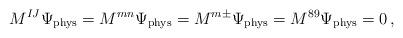
LaTeX: \begin{align*}M^{IJ}\Psi_{\rm phys}=M^{mn}\Psi_{\rm phys} = M^{m\pm}\Psi_{\rm phys} = M^{89}\Psi_{\rm phys} = 0\,,\end{align*}